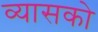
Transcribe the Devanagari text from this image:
व्यासको